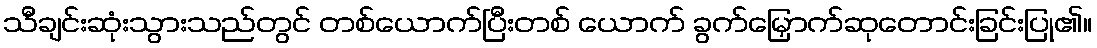
သီချင်းဆုံးသွားသည်တွင် တစ်ယောက်ပြီးတစ် ယောက် ခွက်မြှောက်ဆုတောင်းခြင်းပြု၏။